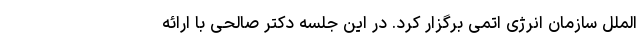
الملل سازمان انرژی اتمی برگزار کرد. در این جلسه دکتر صالحی با ارائه